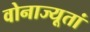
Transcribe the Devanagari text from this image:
वोनाज्यूतां